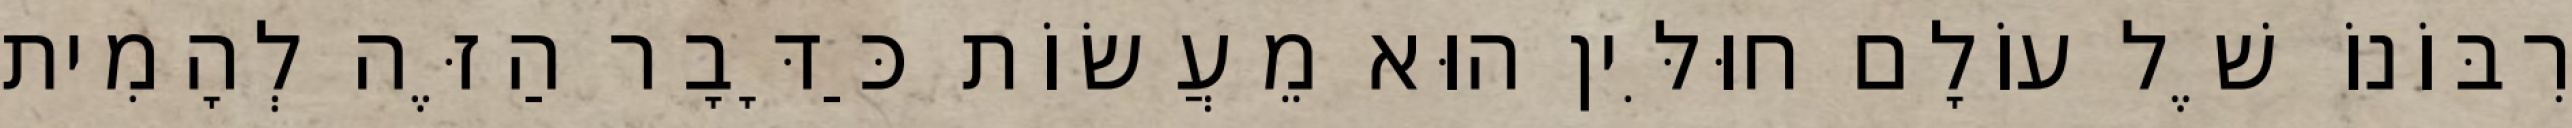
רִבּוֹנוֹ שֶׁל עוֹלָם חוּלִּין הוּא מֵעֲשׂוֹת כַּדָּבָר הַזֶּה לְהָמִית